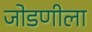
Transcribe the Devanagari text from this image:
जोडणीला